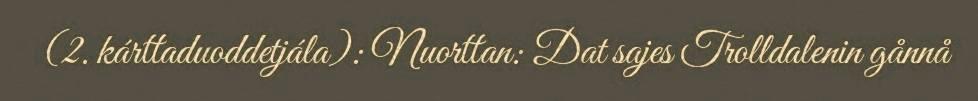
(2. kárttaduoddetjála): Nuorttan: Dat sajes Trolldalenin gånnå